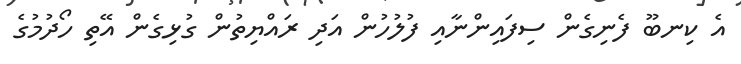
އެ ކިނބޫ ފެނިގެން ސިފައިންނާއި ފުލުހުން އަދި ރައްޔިތުން ގުޅިގެން އޭތި ހޯދުމުގެ